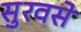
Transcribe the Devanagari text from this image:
सुरवसे